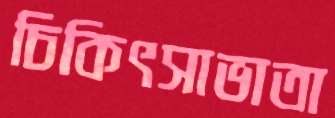
চিকিৎসাভাতা